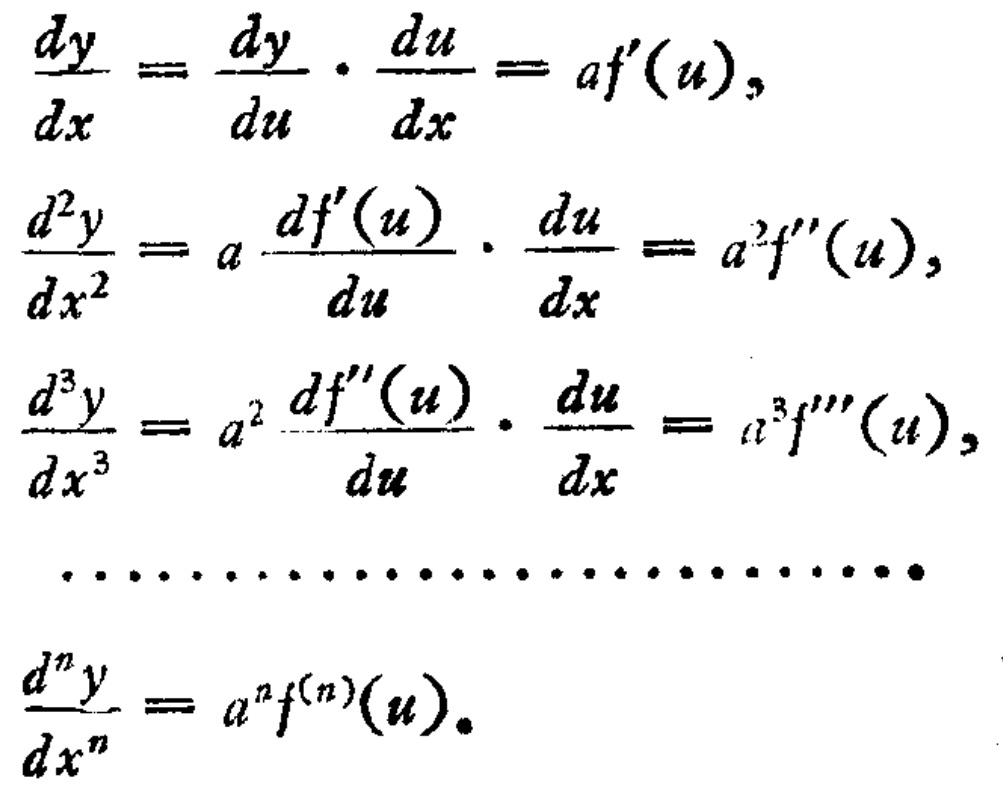
\[
\begin{align*}
\frac{dy}{dx}&=\frac{dy}{du}\cdot\frac{du}{dx}=af^{\prime}(u),\\
\frac{d^{2}y}{dx^{2}}&=a\frac{df^{\prime}(u)}{du}\cdot\frac{du}{dx}=a^{2}f^{\prime\prime}(u),\\
\frac{d^{3}y}{dx^{3}}&=a^{2}\frac{df^{\prime\prime}(u)}{du}\cdot\frac{du}{dx}=a^{3}f^{\prime\prime\prime}(u),\\
&\cdots\cdots\cdots\cdots\cdots\cdots\cdots\cdots\cdots\cdots\cdots\cdots\cdots\cdots\\
\frac{d^{n}y}{dx^{n}}&=a^{n}f^{(n)}(u).
\end{align*}
\]